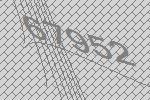
67952